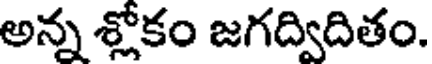
అన్న శ్లోకం జగద్విదితం.